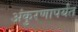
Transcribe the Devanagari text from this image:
अंकुरणापर्यंत